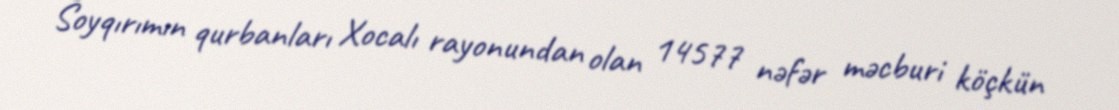
Soyqırımın qurbanları Xocalı rayonundan olan 14577 nəfər məcburi köçkün